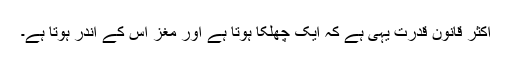
اکثر قانون قدرت یہی ہے کہ ایک چِھلکا ہوتا ہے اور مغز اس کے اندر ہوتا ہے۔